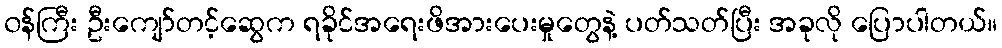
၀န်ကြီး ဦးကျော်တင့်ဆွေက ရခိုင်အရေးဖိအားပေးမှုတွေနဲ့ ပတ်သတ်ပြီး အခုလို ပြောပါတယ်။